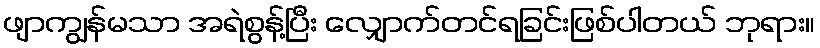
ဖျာကျွန်မသာ အရဲစွန့်ပြီး လျှောက်တင်ရခြင်းဖြစ်ပါတယ် ဘုရား။